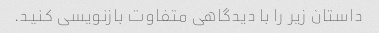
داستان زیر را با دیدگاهی متفاوت بازنویسی کنید.